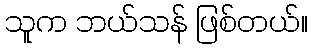
သူက ဘယ်သန် ဖြစ်တယ်။